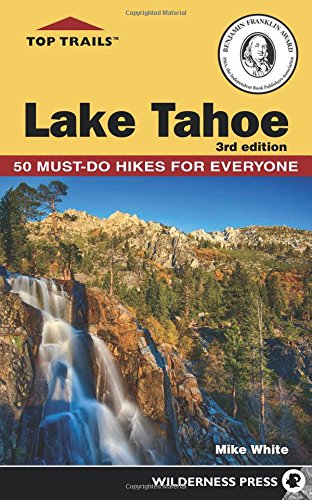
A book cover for Top Trails: Lake Tahoe: Must-Do Hikes for Everyone; Mike White; Health, Fitness & Dieting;